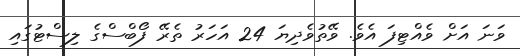
ވަނަ އަށް ވެއްޓިފަ އެވެ. ވޭތުވެދިޔަ 24 އަހަރު ތެރޭ ފޯބްސްގެ ލިސްޓުގައި